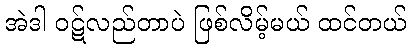
အဲဒါ ဝဋ်လည်တာပဲ ဖြစ်လိမ့်မယ် ထင်တယ်